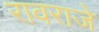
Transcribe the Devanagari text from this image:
रावराजे